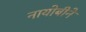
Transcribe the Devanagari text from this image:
नायोबीने